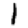
Digit: 1